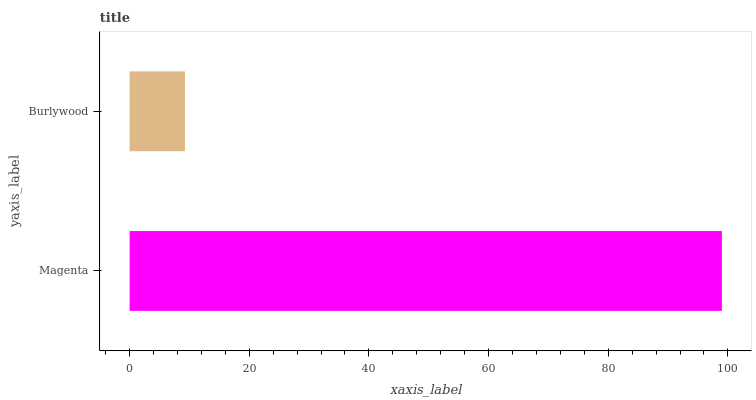
| yaxis_label | bars |
 | --- | --- |
 | Magenta | 99 |
 | Burlywood | 9.25 |